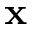
\mathbf { x }